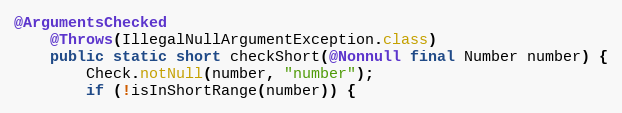
Language: Java
@ArgumentsChecked
	@Throws(IllegalNullArgumentException.class)
	public static short checkShort(@Nonnull final Number number) {
		Check.notNull(number, "number");
		if (!isInShortRange(number)) {